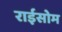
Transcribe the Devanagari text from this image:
राईसोम